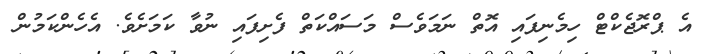
އެ ޕްރޮޖެކްޓް ހިމެނިފައި އޮތް ނަމަވެސް މަސައްކަތް ފެށިފައި ނުވާ ކަމަށެވެ. އެހެންކަމުން